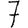
Digit: 7